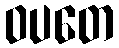
ဝပတေ